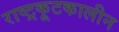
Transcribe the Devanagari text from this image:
राष्ट्रकूटकालीन